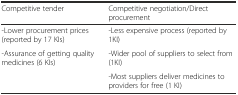
<table><thead><tr><td><b>Competitive tender</b></td><td><b>Competitive negotiation/Direct procurement</b></td></tr></thead><tbody><tr><td>-Lower procurement prices (reported by 17 KIs)</td><td>-Less expensive process (reported by 1KI)</td></tr><tr><td>-Assurance of getting quality medicines (6 KIs)</td><td>-Wider pool of suppliers to select from (1KI)</td></tr><tr><td></td><td>-Most suppliers deliver medicines to providers for free (1 KI)</td></tr></tbody></table>